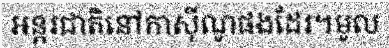
អន្តរជាតិនៅកាស៊ីណូផងដែរ។មូល